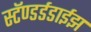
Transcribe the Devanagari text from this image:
स्टॅण्डर्डडाईझ